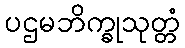
ပဌမဘိက္ခုသုတ္တံ